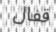
قفال